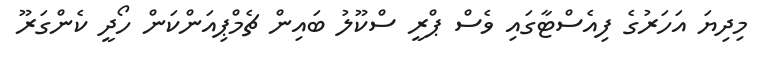
މިދިޔަ އަހަރުގެ ފިއެސްޓާގައި ވެސް ޕްރީ ސްކޫލު ބައިން ޗެމްޕިއަންކަން ހޯދީ ކެންގަރޫ